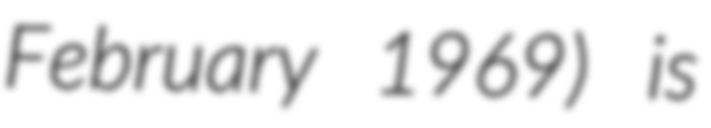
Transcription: February 1969) is